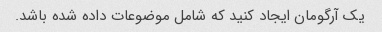
یک آرگومان ایجاد کنید که شامل موضوعات داده شده باشد.